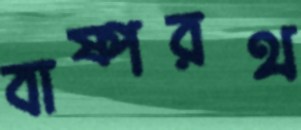
বাষ্পরথ